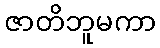
ဇာတိဘူမကာ